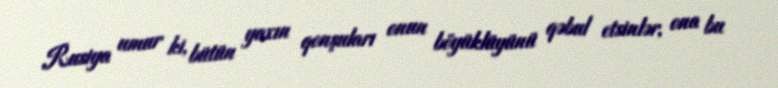
Rusiya umur ki, bütün yaxın qonşuları onun böyüklüyünü qəbul etsinlər, ona bu